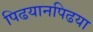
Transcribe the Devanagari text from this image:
पिढयानपिढया